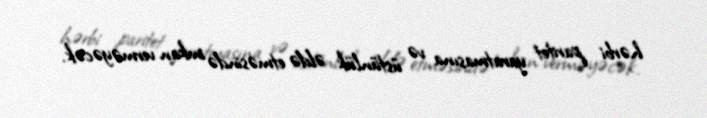
hərbi paritet yaratmasına və üstünlük əldə etməsində imkan verməyəcək.